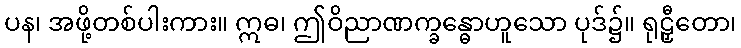
ပန၊ အဖို့တစ်ပါးကား။ ဣဓ၊ ဤဝိညာဏက္ခန္ဓောဟူသော ပုဒ်၌။ ရုဠှီတော၊